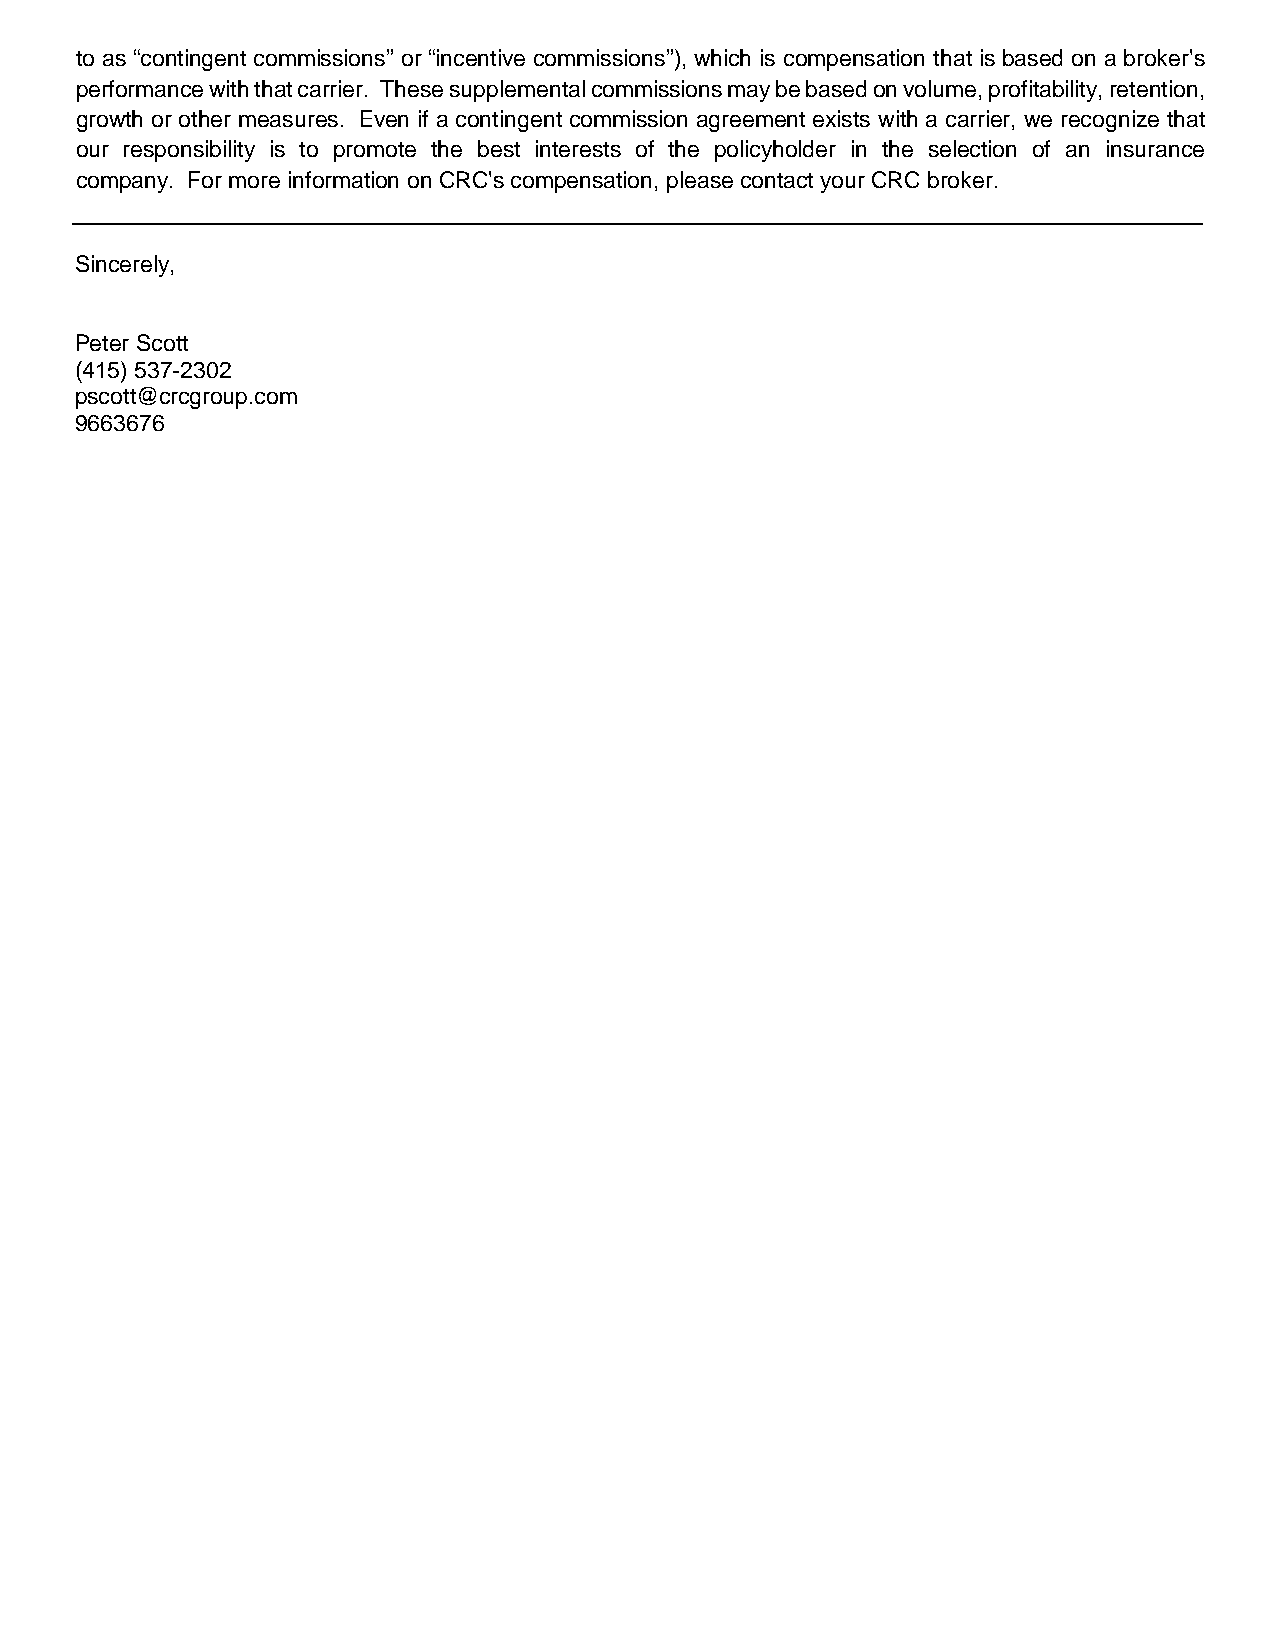
to as “contingent commissions” or “incentive commissions”), which is compensation that is based on a broker's
 performance with that carrier. These supplemental commissions may be based on volume, profitability, retention,
 growth or other measures. Even if a contingent commission agreement exists with a carrier, we recognize that
 our responsibility is to promote the best interests of the policyholder in the selection of an insurance
 company. For more information on CRC's compensation, please contact your CRC broker.
 Sincerely,
 Peter Scott
 (415) 537-2302
 pscott@crcgroup.com
 9663676